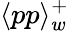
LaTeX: \langle pp\rangle_{w}^{+}